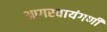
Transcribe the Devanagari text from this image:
आगरवायंगणी